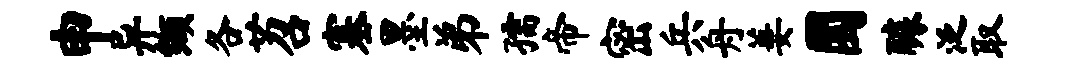
申异缬各苕塞墨弟孺帝密兵舟萋圜醵泛取